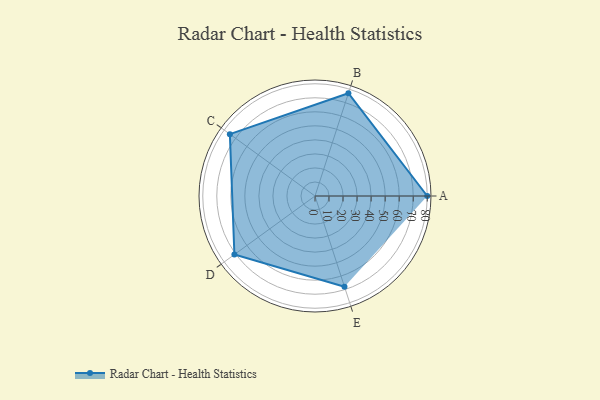
{"axis": {"x": "Skill", "y": "Score"}, "legend": ["Profile"], "data": [{"x": "A", "y": 80.0, "type": "Profile"}, {"x": "B", "y": 77.0, "type": "Profile"}, {"x": "C", "y": 75.0, "type": "Profile"}, {"x": "D", "y": 71.0, "type": "Profile"}, {"x": "E", "y": 68.0, "type": "Profile"}]}